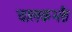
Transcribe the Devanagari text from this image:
चालकभरैः।